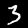
Digit: 3